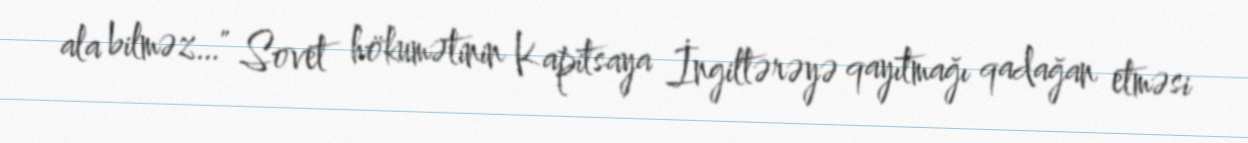
ala bilməz…" Sovet hökumətinin Kapitsaya İngiltərəyə qayıtmağı qadağan etməsi